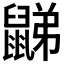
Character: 𪕧